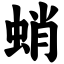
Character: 蛸